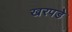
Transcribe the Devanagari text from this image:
खरपडे